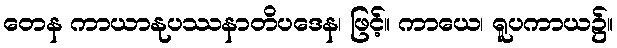
တေန ကာယာနုပဿနာတိပဒေန၊ ဖြင့်။ ကာယေ၊ ရူပကာယ၌။